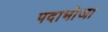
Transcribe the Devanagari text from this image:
पदाभोजा